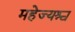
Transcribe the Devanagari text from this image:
महेज्यश्च